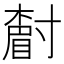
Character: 𡭌